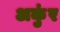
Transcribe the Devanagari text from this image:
अकुंर